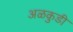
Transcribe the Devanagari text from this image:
अळकुडी